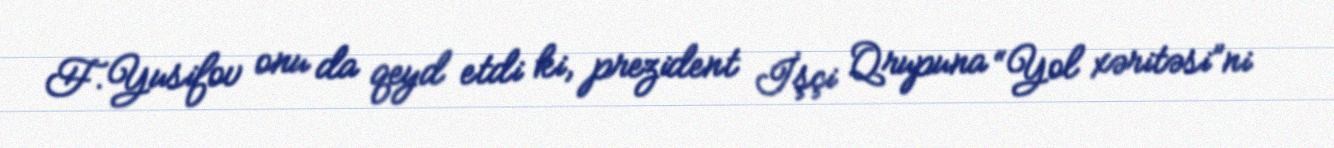
F.Yusifov onu da qeyd etdi ki, prezident İşçi Qrupuna “Yol xəritəsi”ni